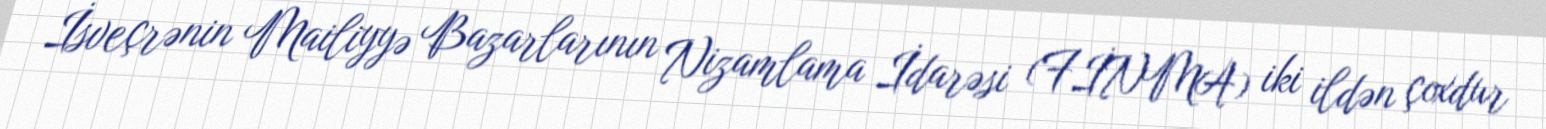
İsveçrənin Mailiyyə Bazarlarının Nizamlama İdarəsi (FİNMA) iki ildən çoxdur